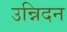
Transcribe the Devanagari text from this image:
उन्निदन